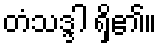
တံသဒ္ဒါ ရှိ၏။